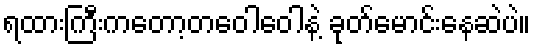
ရထားကြီးကတော့တဝေါဝေါနဲ့ ခုတ်မောင်းနေဆဲပဲ။